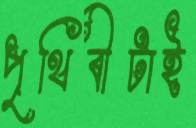
পৃথিবীটাই